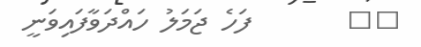
١٧       ފަހެ ޖަމަލު ހައްދަވާފައިވަނީ